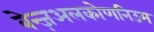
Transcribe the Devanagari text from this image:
बेन्ज़अलकोणनिउम